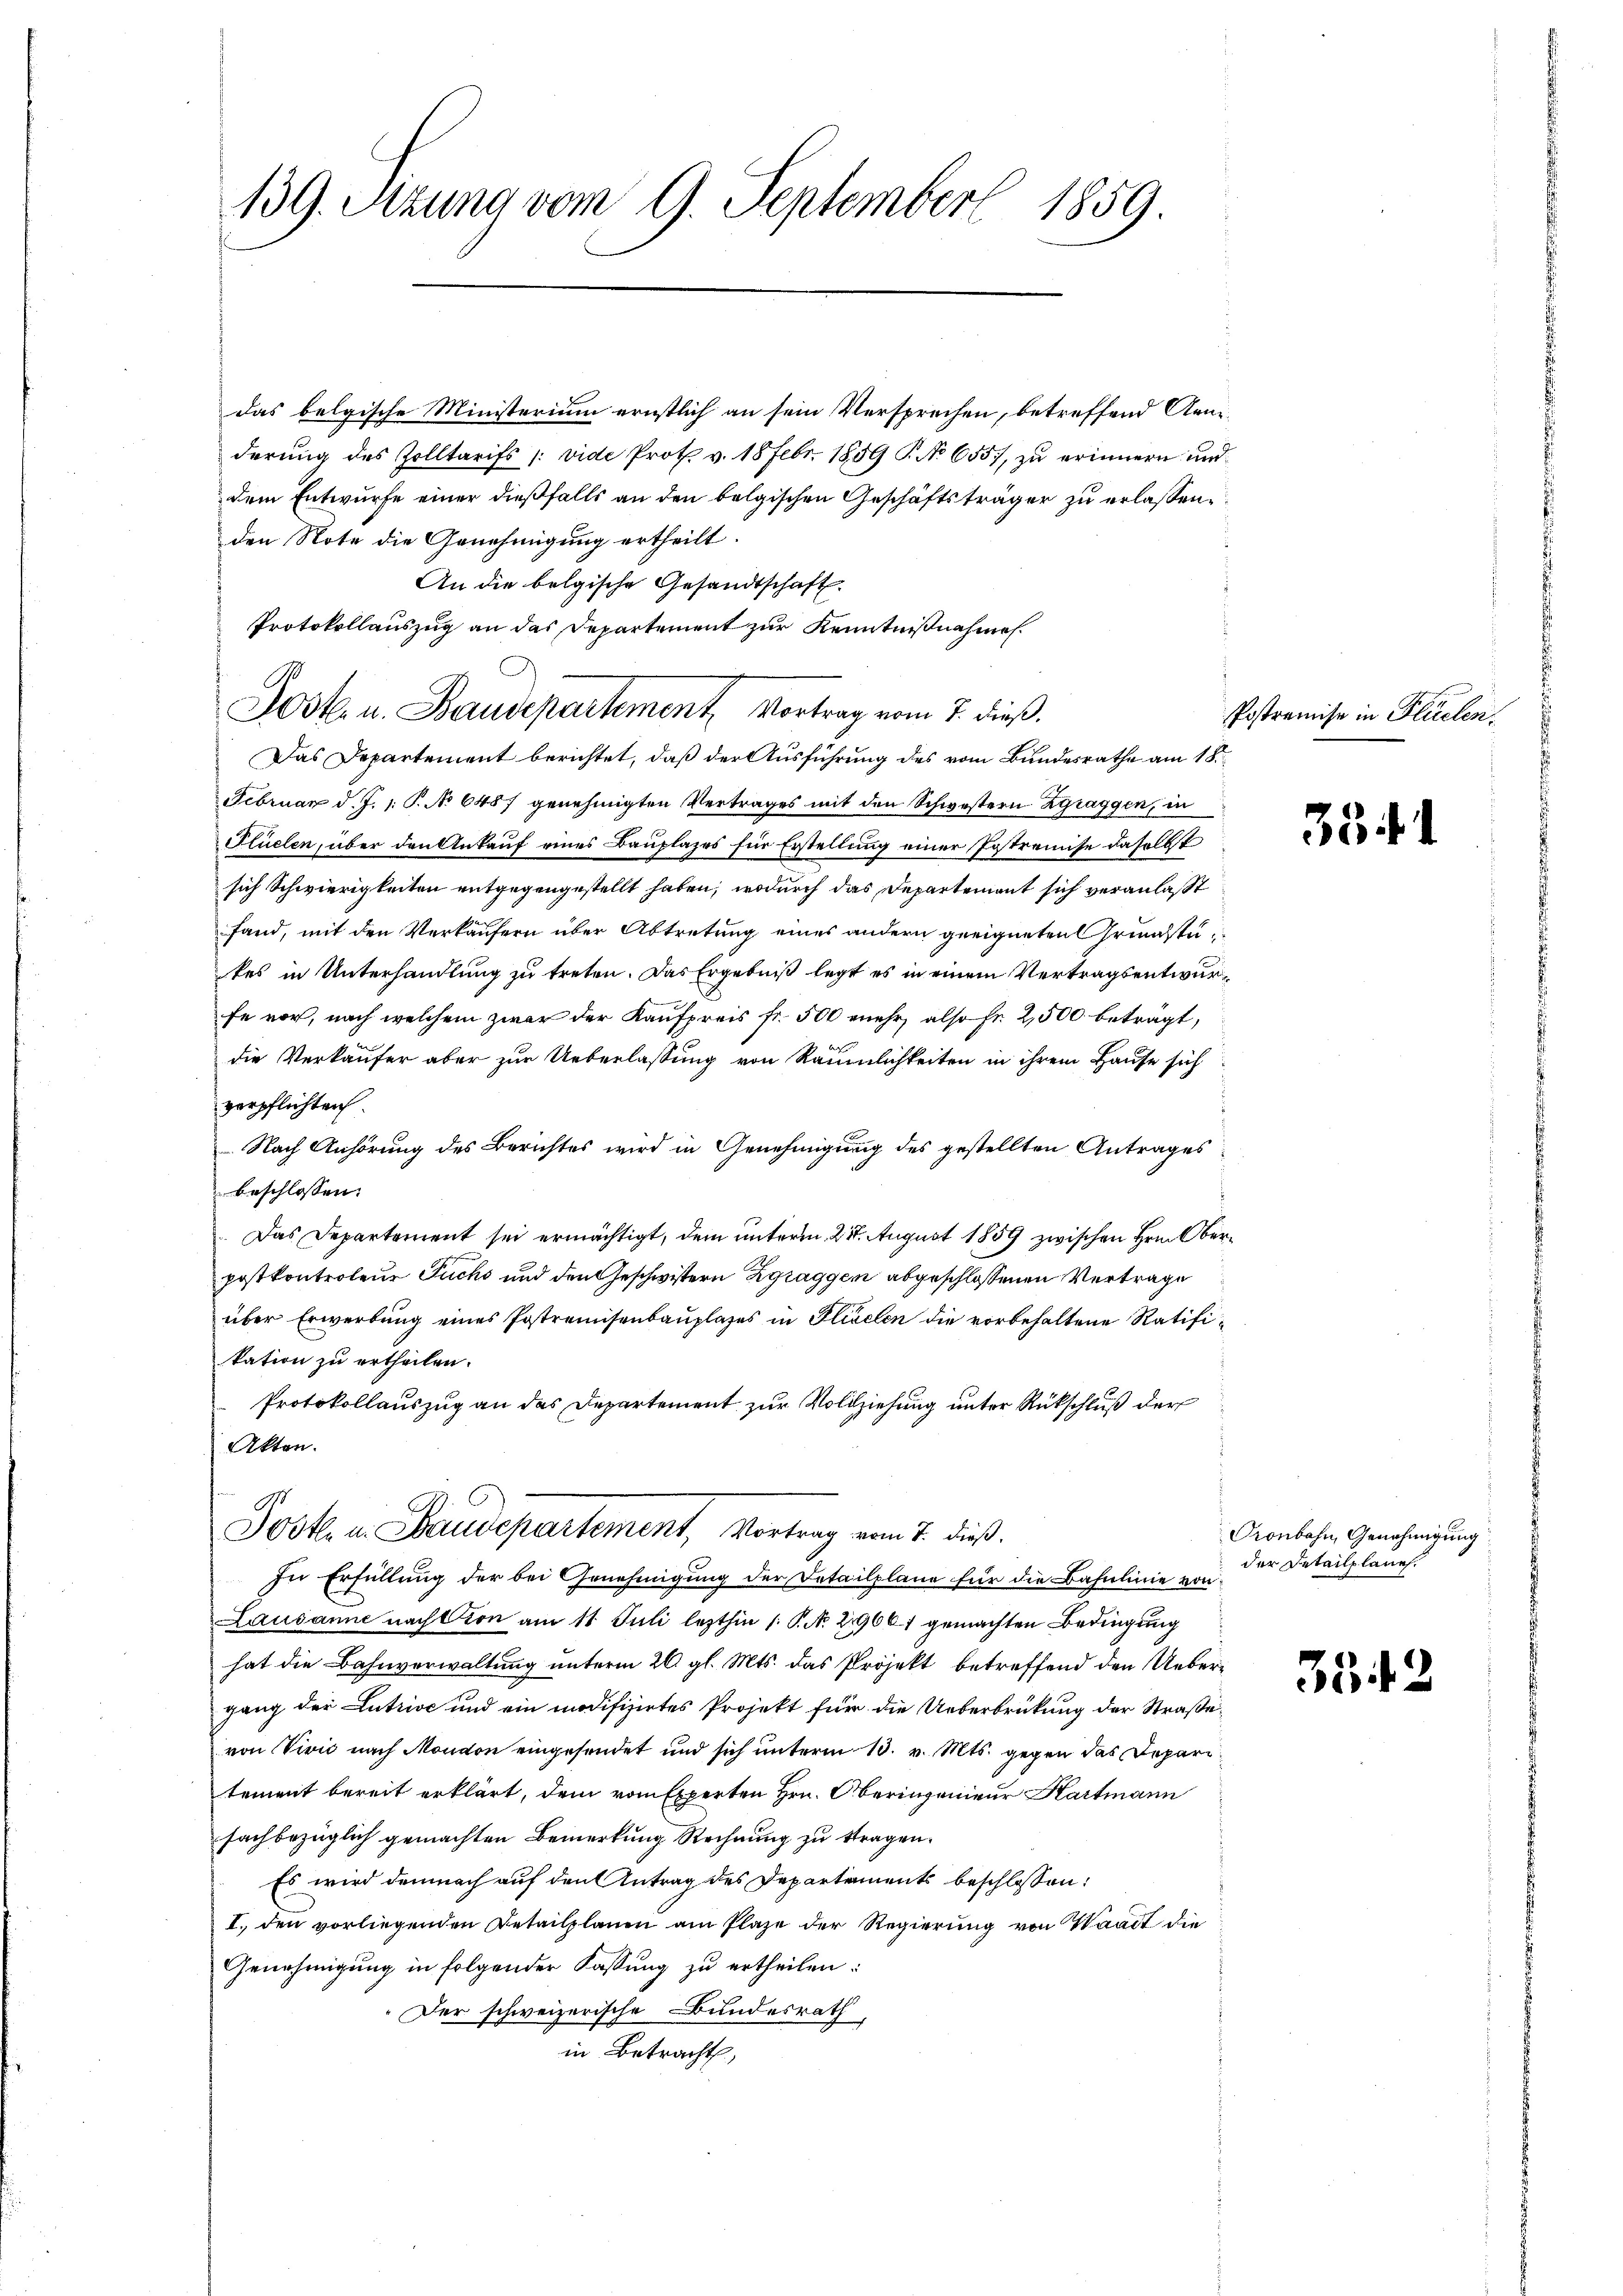
139. Sitzung vom 9. September 1859.

das belgische Ministerium ernstlich an sein Versprechen, betreffend Ann
derŭng des Zolltarifs /: vide Prot. v. 18 Febr. 1859 P. No 655, zŭ erinnern und
dem Entwurfe einer dießfalls an den belgischen Geschäftsträger zu erlassen.
den Note die Genehmigung ertheilt.
An die belgische Gesandtschaft.
Protokollauszug an das Departement zur Kenntnißnahmen.
Das Departement berichtet, daß der Ausführung des vom Bundesrathe am 18.
Februar d. J. 1: P. No 6487 genehmigten Vertrages mit den Schwestern Zgraggen, in
Stüelen, über den Ankauf eines Bauplazes für Erstellung einer Postremise daselbst
sich Schwierigkeiten entgegengestellt haben, wodurch das Departement sich veranlasst
fand, mit den Verkäufern über Abtretung eines andern geeigneten Grundstutes in Unterhandlung zu treten. Das Ergebniß legt es in einem Vertragsentwurfe vor, nach welchem zwar der Kaufpreis fr. 500 mehr, also fr. 2,500 beträgt,
die Verkäufer aber zur Ueberlassung von Räumlichkeiten in ihrem Hause sich
verpflichten.
Nach Anhörung des Berichtes wird in Genehmigung des gestellten Antrages
beschlossen:
Das Departement sei ermächtigt, dem unterm 217. August 1859 zwischen Hrn. Oberpostkontrolene Fuchs und den Geschwistern Zgraggen abgeschlossenen Vertrage
über Erwerbung eines Instremisenbauplases in Hiselen die vorbehaltene Ratifikation zu ertheilen.
Protokollauszug an das Departement zur Vollziehung unter Rückschluß der
Akten.
Jost in Baudepartement, Vortrag vom 7. dieß.
In Erfüllung der bei Genehmigung der Detailpläne für die Bahnlinie von
Lausanne nach Cion am 11 Juli lezthin 1. P. No. 29661 gemachten Bedingung
hat die Bahnverwaltung unterm 26. gl. Mts. das Projekt betreffend den Uebergang der Lutzive und ein modifizirtes Projekt für die Ueberbrückung der Straße
von Vivić nach Moudon eingesendet und sich unterm 10. v. Mts. gegen das Deparitement bereit erklärt, dem vom Experten Hrn. Oberingenieur Hartmann
sachbezüglich gemachten Bemerkung Rechnung zu stragen.
Es wird demnach auf den Antrag des Departaments beschlossen:
I. den vorliegenden Detailplänen am Plaze der Regierung von Waadt die
Genehmigung in folgender Fassung zu ertheilen:
Der schweizerische Bundesrath
in Betracht,

.

Jost u. Baudepartement Vortrag vom 7. dieß.

Postremise in Flüelen,

334. 1

Pronbahn, Genehmigung
der Detailplanes.

35. 42